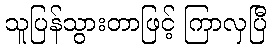
သူပြန်သွားတာဖြင့် ကြာလှပြီ